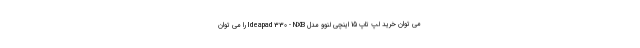
می توان خرید لپ تاپ 15 اینچی لنوو مدل Ideapad 330 - NXB را می توان